system: You are a helpful assistant.
user:
Analyze the provided spectrum to determine if it is a **Carbon Star (C-type)**.

- **Key Visual Indicators of Carbon Star:**
    - **(Primary):** Strong molecular absorption from **C₂ (diatomic carbon) "Swan Bands."** This is the **defining feature** of a carbon star.
        - **(Key Bandheads):** Sharp absorption edges are visible at approximately $5635$ Å, $5165$ Å (the strongest band), and $4737$ Å.
        - **(Line Profile):** Creates a distinct **"saw-tooth"** pattern. The key morphology is a sharp, steep bandhead on the **red (long-wavelength) side**, which then gradually tapers off (i.e., flux recovers) towards the **blue (short-wavelength) side**. *(This is the direct opposite of the TiO bands seen in M-type stars)*.

    - **(Secondary):** Intense **CN (cyanogen)** molecular absorption bands.
        - **(Key Bandheads):** Located in the blue and violet regions of the spectrum (e.g., near $4215$ Å and $3883$ Å).
        - **(Morphology):** These bands are extremely broad and act as a "blanket," absorbing the vast majority of blue and violet light. This creates a characteristic **"cliff"** or **"steep drop-off"** in the spectrum's flux at short wavelengths.

    - **(Key Confirmation):** Strong **CH absorption band (G-band)**.
        - **(Key Bandhead):** Located around $4300$ Å. The contribution from CH molecules to this band is exceptionally strong.

    - **(Overall Spectrum):**
        - The continuum is severely "chopped up" by these deep molecular bands, especially C₂, rather than appearing as a smooth curve.
        - Due to the heavy CN and C₂ absorption in the blue-green, the vast majority of the star's flux is concentrated in the red part of the spectrum, giving the star its characteristic deep red color.

Think first, call **spectral_visualization_tool** if needed to examine features in detail, then provide your final answer. Your response must adhere to the following strict rules:
1.  **Overall Structure:** Your response must follow the format `<think>...</think> <tool_call>...</tool_call> (if a tool is used) <answer>...</answer>`.
2.  **Tool Usage Constraint:** You may only make **one** tool call per turn.
3.  **Final Answer Format:** In the `<answer>` tag, your conclusion must be inside a `\boxed{}` command (e.g., `\boxed{YES}`), followed by your justification.

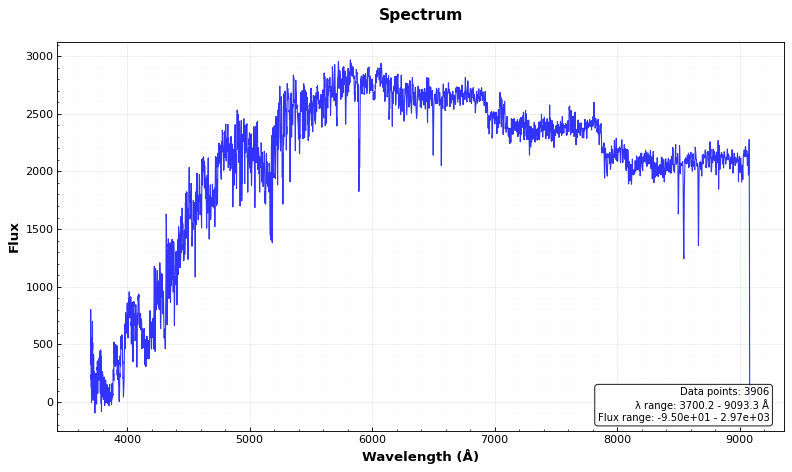
Answer: YES